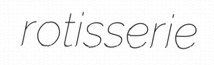
rotisserie